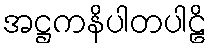
အဋ္ဌကနိပါတပါဠိ